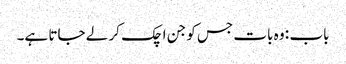
باب : وہ بات جس کو جن اچک کر لے جاتا ہے۔